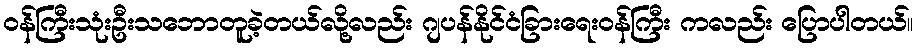
ဝန်ကြီးသုံးဦးသဘောတူခဲ့တယ်လို့လည်း ဂျပန်နိုင်ငံခြားရေးဝန်ကြီး ကလည်း ပြောပါတယ်။